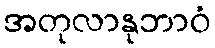
အတုလာနုဘာဝံ